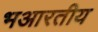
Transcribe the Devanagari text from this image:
भआरतीय